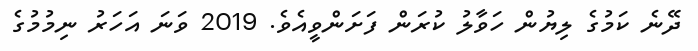
ދޭނެ ކަމުގެ ލިޔުން ހަވާލު ކުރަން ފަށަންވީއެވެ. 2019 ވަނަ އަހަރު ނިމުމުގެ